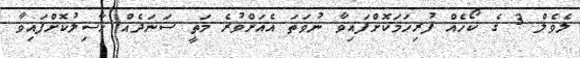
ލެވެލް 3 ގެ ކޯހެއް ފުރިހަމަކޮށްފައިވާ ނުވަތަ އެއަށްވުރެ މަތީ ސަނަދެއް ހާސިލުކޮށްފައިވާ